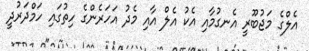
އެލްގެ މަޖުބޫރީ އެނގުމާއި އެކު އެލް އާއި މެދު އަހަރެންގެ ހިތުގައި ހަމްދަރުދީ